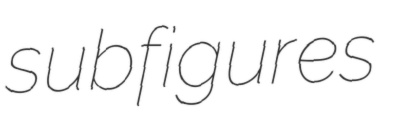
subfigures